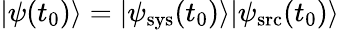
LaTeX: |\psi(t_{0})\rangle=|\psi_{\mathrm{sys}}(t_{0})\rangle|\psi_{\mathrm{src}}(t_{0})\rangle